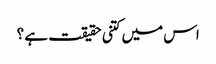
اس میں کتنی حقیقت ہے ؟